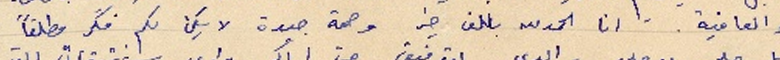
والعافية. انا الحمدلله بالف خير وصحة جيدة لا يكن لكم فكر مطلقاً